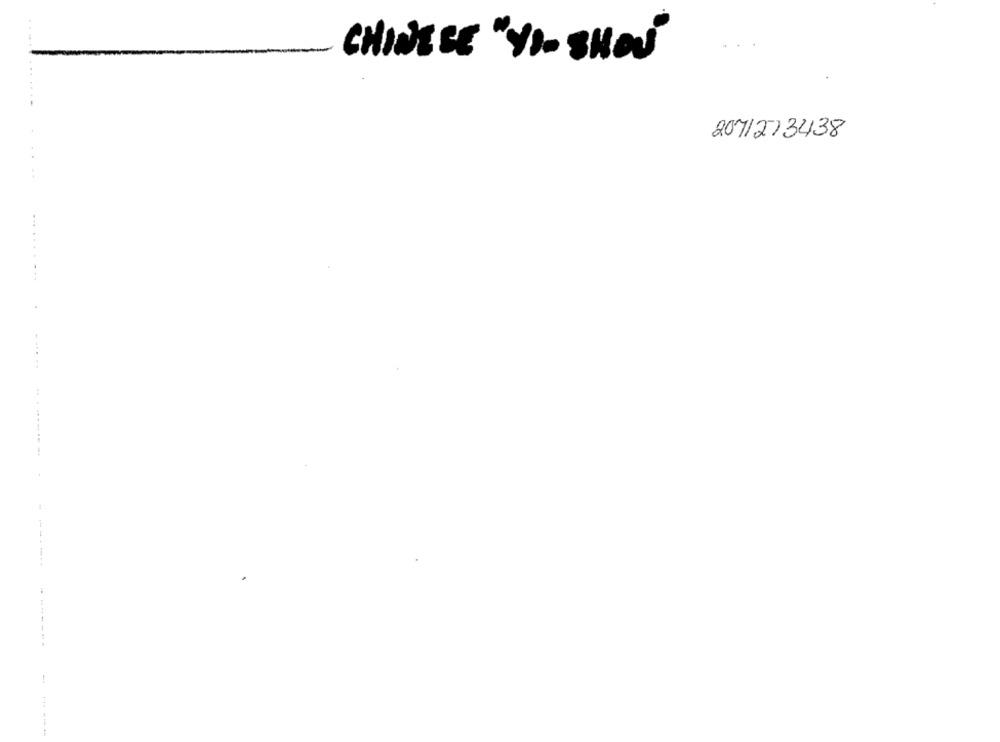
....
CHINESE "YOU SHOW"
2071273438
...
...
-------.